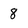
Character: 8